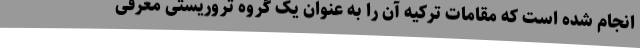
انجام شده است که مقامات ترکیه آن را به عنوان یک گروه تروریستی معرفی